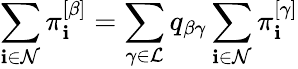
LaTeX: \sum_{\mathbf{i}\in\mathcal{{N}}}\pi_{\mathbf{i}}^{\left[\beta\right]}=\sum_{\gamma\in\mathcal{{L}}}q_{\beta\gamma}\sum_{\mathbf{i}\in\mathcal{{N}}}\pi_{\mathbf{i}}^{\left[\gamma\right]}